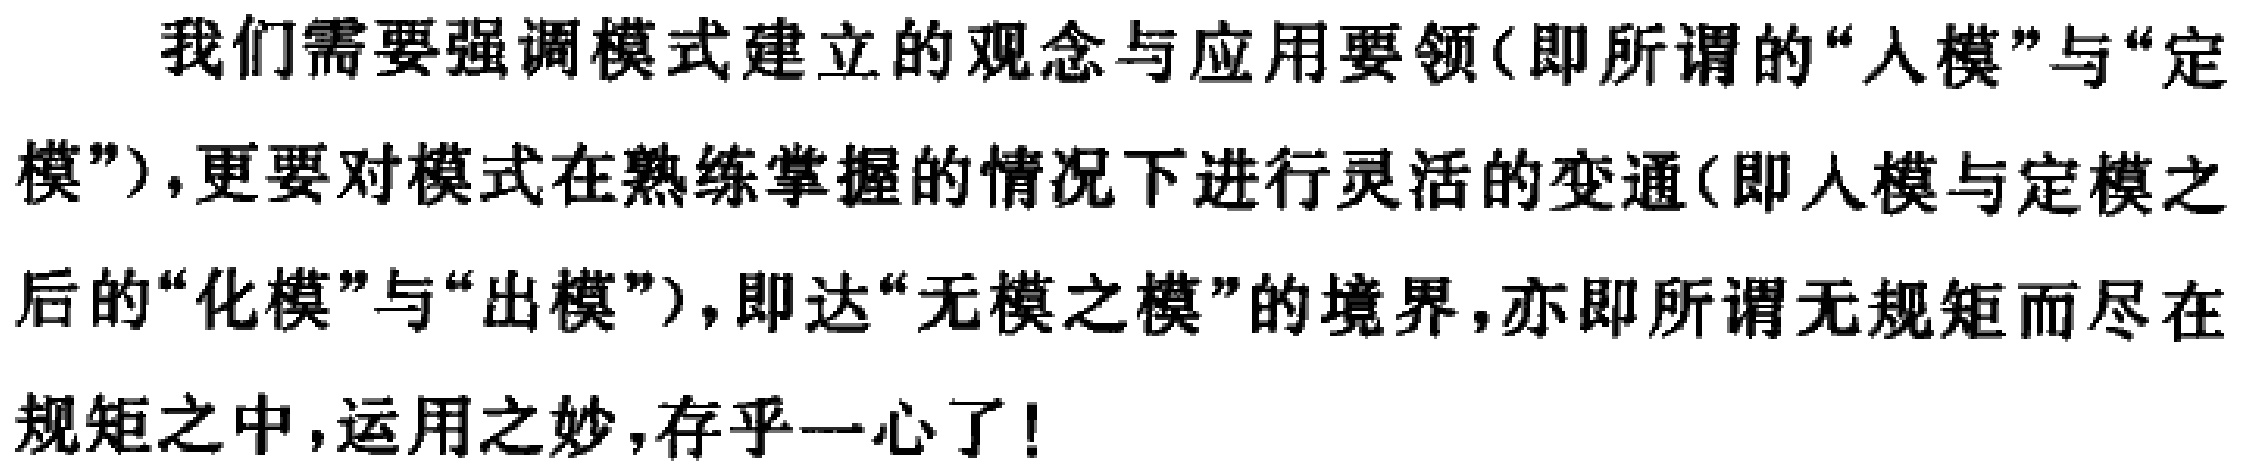
我们需要强调模式建立的观念与应用要领(即所谓的“入模”与“定模”),更要对模式在熟练掌握的情况下进行灵活的变通(即入模与定模之后的“化模”与“出模”),即达“无模之模”的境界,亦即所谓无规矩而尽在规矩之中,运用之妙,存乎一心了!